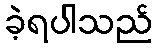
ခဲ့ရပါသည်